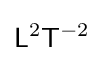
{\mathsf {L}}^{2}{\mathsf {T}}^{-2}